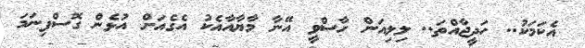
އެކަމަކު.. ހަދީޖާއްތަ.. ލިލިއަން ހާސްވީ އޭނާ މާޔާއާއެކު އެގެއަށް އުޅެން ގޮސްފިނަމަ